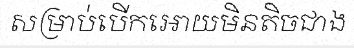
សម្រាប់បើកអោយមិនតិចជាង